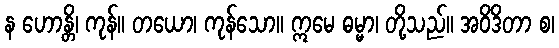
န ဟောန္တိ၊ ကုန်။ တယော၊ ကုန်သော။ ဣမေ ဓမ္မာ၊ တို့သည်။ အဝိဒိတာ စ၊